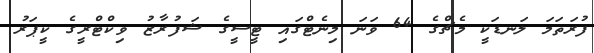
ފުރަތަމަ ލަނޑަކީ މެޗްގެ 64 ވަނަ މިނެޓްގައި ޓީސީގެ ޝަފުރާޒު ވިކްޓްރީގެ ކީޕަރު